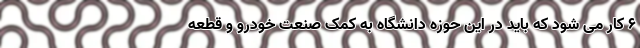
6 کار می شود که باید در این حوزه دانشگاه به کمک صنعت خودرو و قطعه